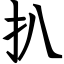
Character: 扒